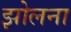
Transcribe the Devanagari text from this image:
झोलना